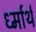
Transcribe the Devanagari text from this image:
र्ध्मार्थ